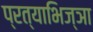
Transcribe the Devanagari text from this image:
प्रत्याभिज्ञा